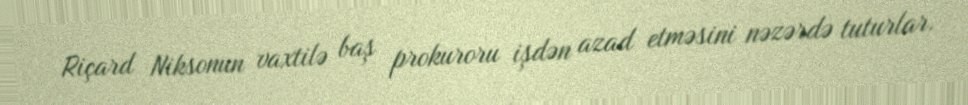
Riçard Niksonun vaxtilə baş prokuroru işdən azad etməsini nəzərdə tuturlar.